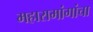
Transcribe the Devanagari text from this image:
महारामांगांचा